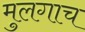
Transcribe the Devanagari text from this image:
मुलगाच